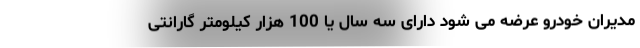
مدیران خودرو عرضه می شود دارای سه سال یا 100 هزار کیلومتر گارانتی